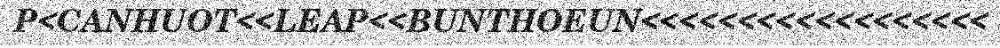
P<CANHUOT<<LEAP<<BUNTHOEUN<<<<<<<<<<<<<<<<<<